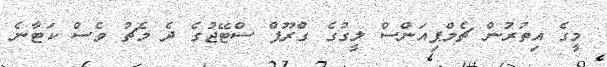
މީގެ އިތުރުން ޗެމްޕިއަންސް ލީގުގެ ގްރޫޕް ސްޓޭޖުގެ ދެ މެޗު ވެސް ކަޓާނެ